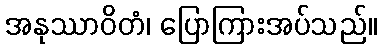
အနုဿာဝိတံ၊ ပြောကြားအပ်သည်။